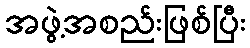
အဖွဲ့အစည်းဖြစ်ပြီး